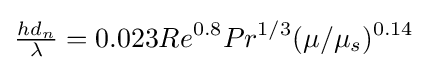
{\tfrac {hd_{n}}{\lambda }}=0.023Re^{0.8}Pr^{1/3}(\mu /\mu _{s})^{0.14}